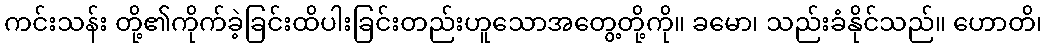
ကင်းသန်း တို့၏ကိုက်ခဲ့ခြင်းထိပါးခြင်းတည်းဟူသောအတွေ့တို့ကို။ ခမော၊ သည်းခံနိုင်သည်။ ဟောတိ၊